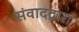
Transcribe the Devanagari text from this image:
संवादद्वारा